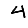
Digit: 4